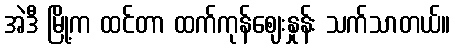
အဲဒီ မြို့က ထင်တာ ထက်ကုန်ဈေးနှုန်း သက်သာတယ်။